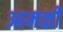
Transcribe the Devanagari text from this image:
आमळी